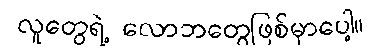
လူတွေရဲ့ လောဘတွေဖြစ်မှာပေါ့။